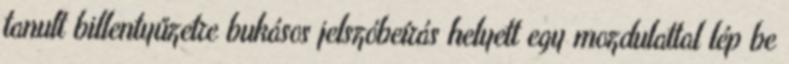
tanult billentyűzetre bukásos jelszóbeírás helyett egy mozdulattal lép be